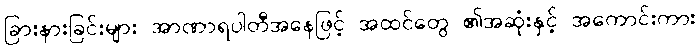
ခြားနားခြင်းများ အာဏာရပါတီအနေဖြင့် အထင်တွေ ၏အဆုံးနှင့် အကောင်းကား